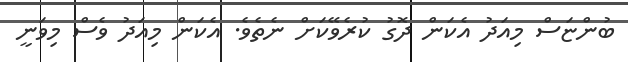
ބުންޏަސް މިއަދު އެކަން ދޮގު ކުރެވޭކަށް ނެތެވެ. އެކަން މިއަދު ވެސް މިވަނީ